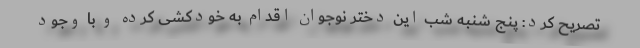
تصریح کرد: پنج شنبه شب این دختر نوجوان اقدام به خودکشی کرده و با وجود